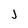
Character: j